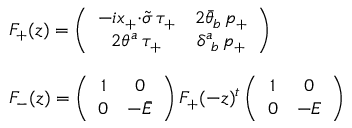
\begin{array} { l } { { F _ { + } ( z ) = \left( \begin{array} { c c } { { - i x _ { + } { \cdot \tilde { \sigma } } \, \tau _ { + } } } & { { 2 \bar { \theta } _ { b } \, p _ { + } } } \\ { { 2 \theta ^ { a } \, \tau _ { + } } } & { { \delta _ { ~ b } ^ { a } \, p _ { + } } } \end{array} \right) } } \\ { { { } } } \\ { { F _ { - } ( z ) = \left( \begin{array} { c c } { { 1 } } & { { 0 } } \\ { { 0 } } & { { - \bar { { \cal E } } } } \end{array} \right) F _ { + } ( - z ) ^ { t } \left( \begin{array} { c c } { { 1 } } & { { 0 } } \\ { { 0 } } & { { - { \cal E } } } \end{array} \right) } } \end{array}